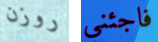
روزن فاجئني